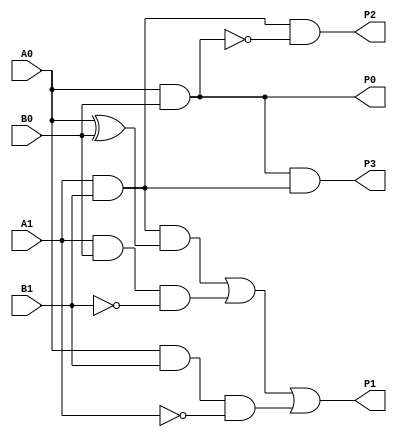
`timescale 1ns/1ns

module Multiplier_2(input A1 , A0 , B1 , B0 , output P3 , P2 , P1 , P0);
  wire a , b , c , d , e , f , g , h , i , j , k , l;
  // P3
  and cut_and_1(a , A0 , B0);
  and cut_and_2(b , A1 , B1);
  and cut_and_3(P3 , a , b);
  
  // P2
  nand cut_nand_1(c , A0 , B0);
  and cut_and_4(P2 , b , c);
  
  // P1
  xor cut_xor_1(d, A0 , B0);
  and cut_and_5(e , b , d);
  
  and cut_and_6(f , A1 , B0);
  not cut_not_1(g , B1);
  and cut_and_7(h , f , g);
  or cut_or_1(i , e , h);
  
  and cut_and_8(j , A0 , B1);
  not cut_not_2(k , A1);
  and cut_and_9(l , j , k);
  
  or cut_or_2(P1 , i , l);
  
  // P0
  and cut_and_10(P0 , A0 , B0);
  
  
endmodule